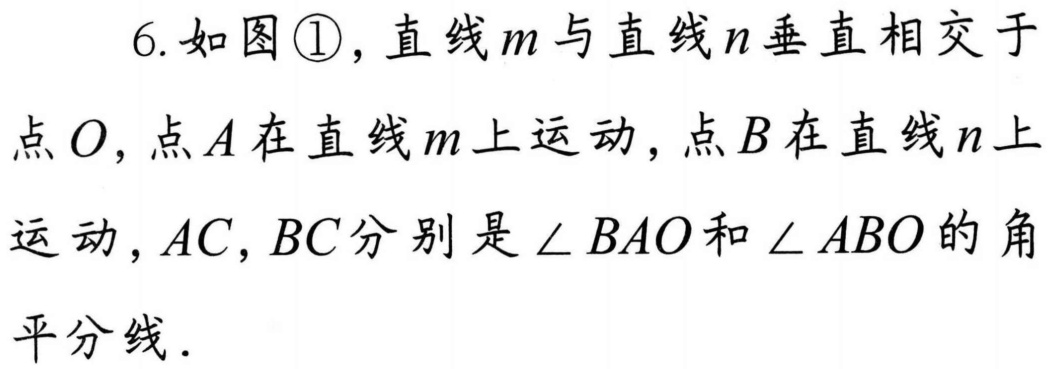
6. 如图\textcircled{1}，直线\(m\)与直线\(n\)垂直相交于点\(O\)，点\(A\)在直线\(m\)上运动，点\(B\)在直线\(n\)上运动，\(AC,BC\)分别是\(\angle BAO\)和\(\angle ABO\)的角平分线．